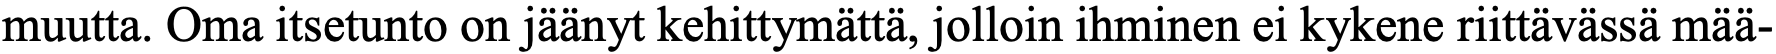
muutta. Oma itsetunto on jäänyt kehittymättä, jolloin ihminen ei kykene riittävässä mää-